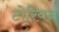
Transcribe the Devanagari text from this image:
टोरियन